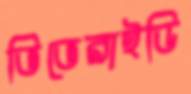
ভিভেরাইডি